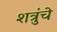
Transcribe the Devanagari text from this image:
शत्रुंचे